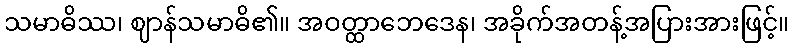
သမာဓိဿ၊ ဈာန်သမာဓိ၏။ အဝတ္ထာဘေဒေန၊ အခိုက်အတန့်အပြားအားဖြင့်။